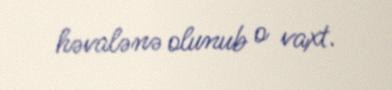
həvalənə olunub o vaxt.